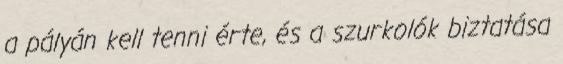
a pályán kell tenni érte, és a szurkolók biztatása